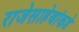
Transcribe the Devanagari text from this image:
राजेसाहेबांकडे